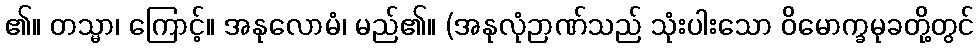
၏။ တသ္မာ၊ ကြောင့်။ အနုလောမံ၊ မည်၏။ (အနုလုံဉာဏ်သည် သုံးပါးသော ဝိမောက္ခမုခတို့တွင်